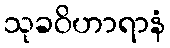
သုခဝိဟာရာနံ